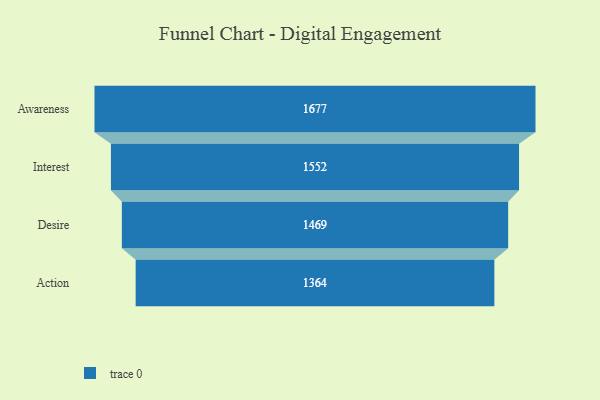
{"axis": {"x": "Stage", "y": "Value"}, "legend": [""], "data": [{"x": "Awareness", "y": 1677.0, "type": ""}, {"x": "Interest", "y": 1552.0, "type": ""}, {"x": "Desire", "y": 1469.0, "type": ""}, {"x": "Action", "y": 1364.0, "type": ""}]}